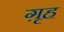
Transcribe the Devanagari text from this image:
ग़ृह